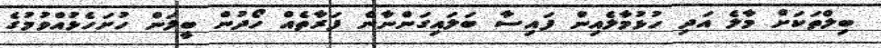
ބިލްތަކަށް މާލެ އަދި ހުޅުމާލެއިން ފައިސާ ބަލައިގަންނާނެ ފަރާތެއް ހޯދުން ބީލަން ހުށަހެޅުއްވުމުގެ